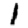
Digit: 1